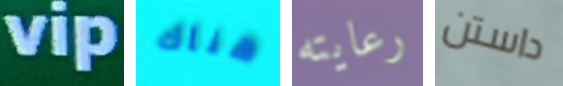
vip هناك رعايته داستن